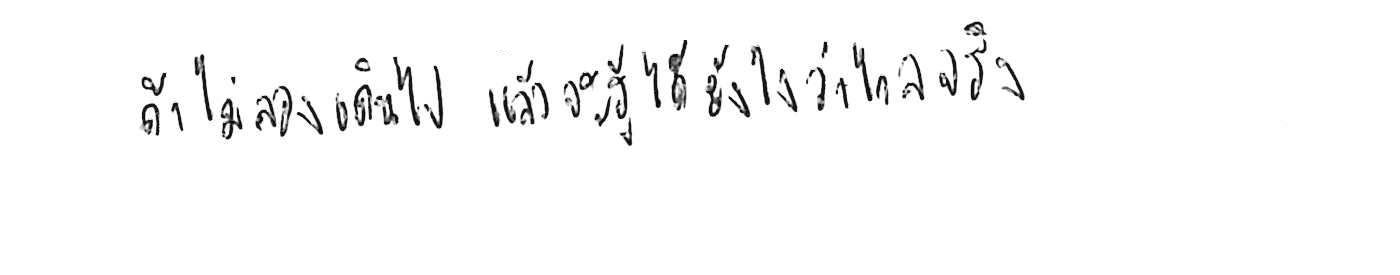
ถ้าไม่ลองเดินไป แล้วจะรู้ได้ยังไงว่าไกลจริง